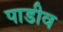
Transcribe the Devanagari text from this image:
पाडीव